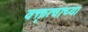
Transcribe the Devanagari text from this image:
वक्तृत्वाच्या